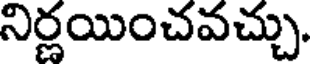
నిర్ణయించవచ్చు.